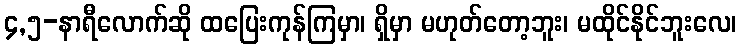
၄,၅-နာရီလောက်ဆို ထပြေးကုန်ကြမှာ၊ ရှိမှာ မဟုတ်တော့ဘူး၊ မထိုင်နိုင်ဘူးလေ၊